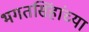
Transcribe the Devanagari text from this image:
भगतसिंहांच्या